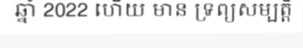
ឆ្នាំ 2022 ហើយ មាន ទ្រព្យសម្បត្តិ